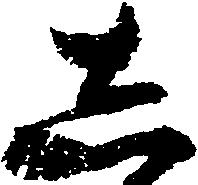
し